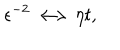
\epsilon ^ { - 2 } \longleftrightarrow \eta t ,